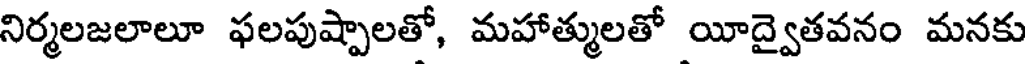
నిర్మలజలాలూ ఫలపుష్పాలతో, మహాత్ములతో యీద్వైతవనం మనకు